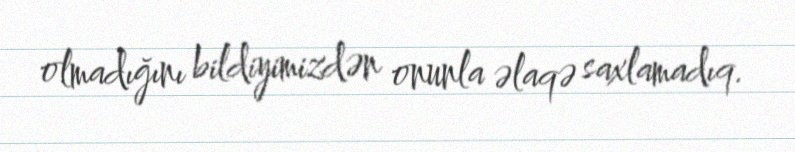
olmadığını bildiyimizdən onunla əlaqə saxlamadıq.